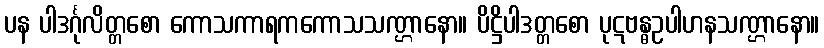
ပန ပါဒင်္ဂုလိတ္တစော ကောသကာရကကောသသဏ္ဌာနော။ ပိဋ္ဌိပါဒတ္တစော ပုဋဗန္ဓဥပါဟနသဏ္ဌာနော။